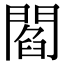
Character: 閻